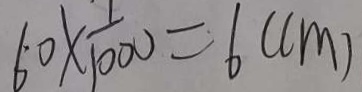
6 0 \times \frac { 1 } { 1 0 0 0 } = 6 ( c m )